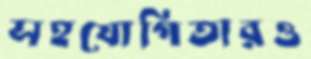
সহযোগিতারও